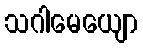
သဂါမေယျော